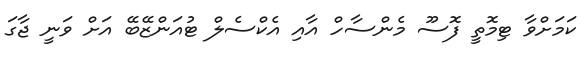
ކަމަށްވާ ޓިމޮތީ ފޮސޫ މެންސާހް އާއި އެކްސެލް ޓުއަންޒޭބޭ އަށް ވަނީ ޖާގަ